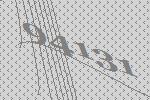
94131